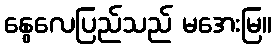
နွေလေပြည်သည် မအေးမြ။